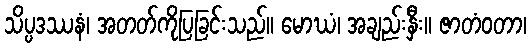
သိပ္ပဒဿနံ၊ အတတ်ကိုပြခြင်းသည်။ မောဃံ၊ အချည်းနှီး။ ဇာတံဝတာ၊